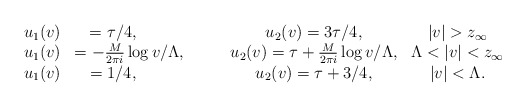
\begin{align*}\begin{array}{cccccccc}u_1(v)&=\tau/4, \qquad \qquad &u_2(v)=3\tau/4, &|v|>z_{\infty} \\ u_1(v)&=-{M\over 2\pi i}\log v/\Lambda,\qquad &u_2(v)=\tau+{M\over 2\pi i}\log v/\Lambda, &\Lambda<|v|<z_{\infty} \\ u_1(v)&=1/4,\qquad \qquad &u_2(v)=\tau+3/4, &|v|<\Lambda. \end{array}\end{align*}